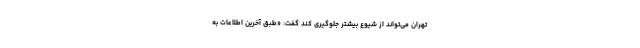
تهران می‌تواند از شیوع بیشتر جلوگیری کند گفت: «طبق آخرین اطلاعات به